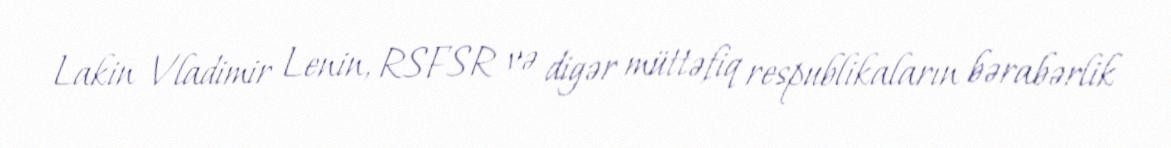
Lakin Vladimir Lenin, RSFSR və digər müttəfiq respublikaların bərabərlik